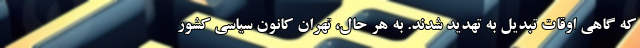
که گاهی اوقات تبدیل به تهدید شدند. به هر حال، تهران کانون سیاسی کشور